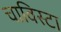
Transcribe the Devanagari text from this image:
चाविस्टा